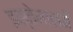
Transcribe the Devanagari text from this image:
इस्तेमालमें